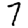
Digit: 7